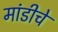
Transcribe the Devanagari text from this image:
मांडीचे